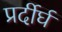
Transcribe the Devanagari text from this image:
प्रर्दीर्घ